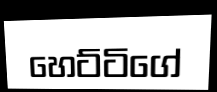
හෙට්ටිගේ